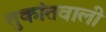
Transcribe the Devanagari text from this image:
तुकांतवाली